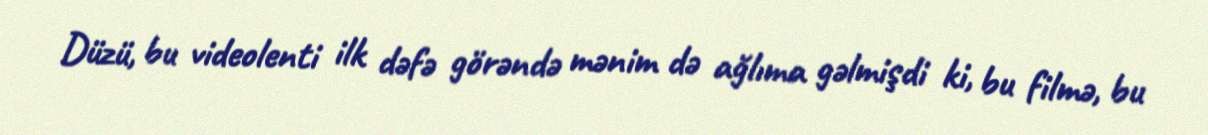
Düzü, bu videolenti ilk dəfə görəndə mənim də ağlıma gəlmişdi ki, bu filmə, bu